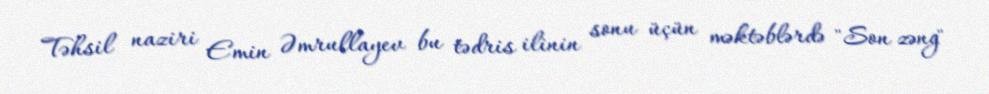
Təhsil naziri Emin Əmrullayev bu tədris ilinin sonu üçün məktəblərdə "Son zəng"